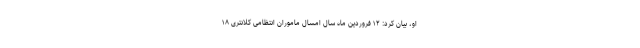
او، بیان کرد: ۱۲ فروردین ماه سال امسال ماموران انتظامی کلانتری ۱۸